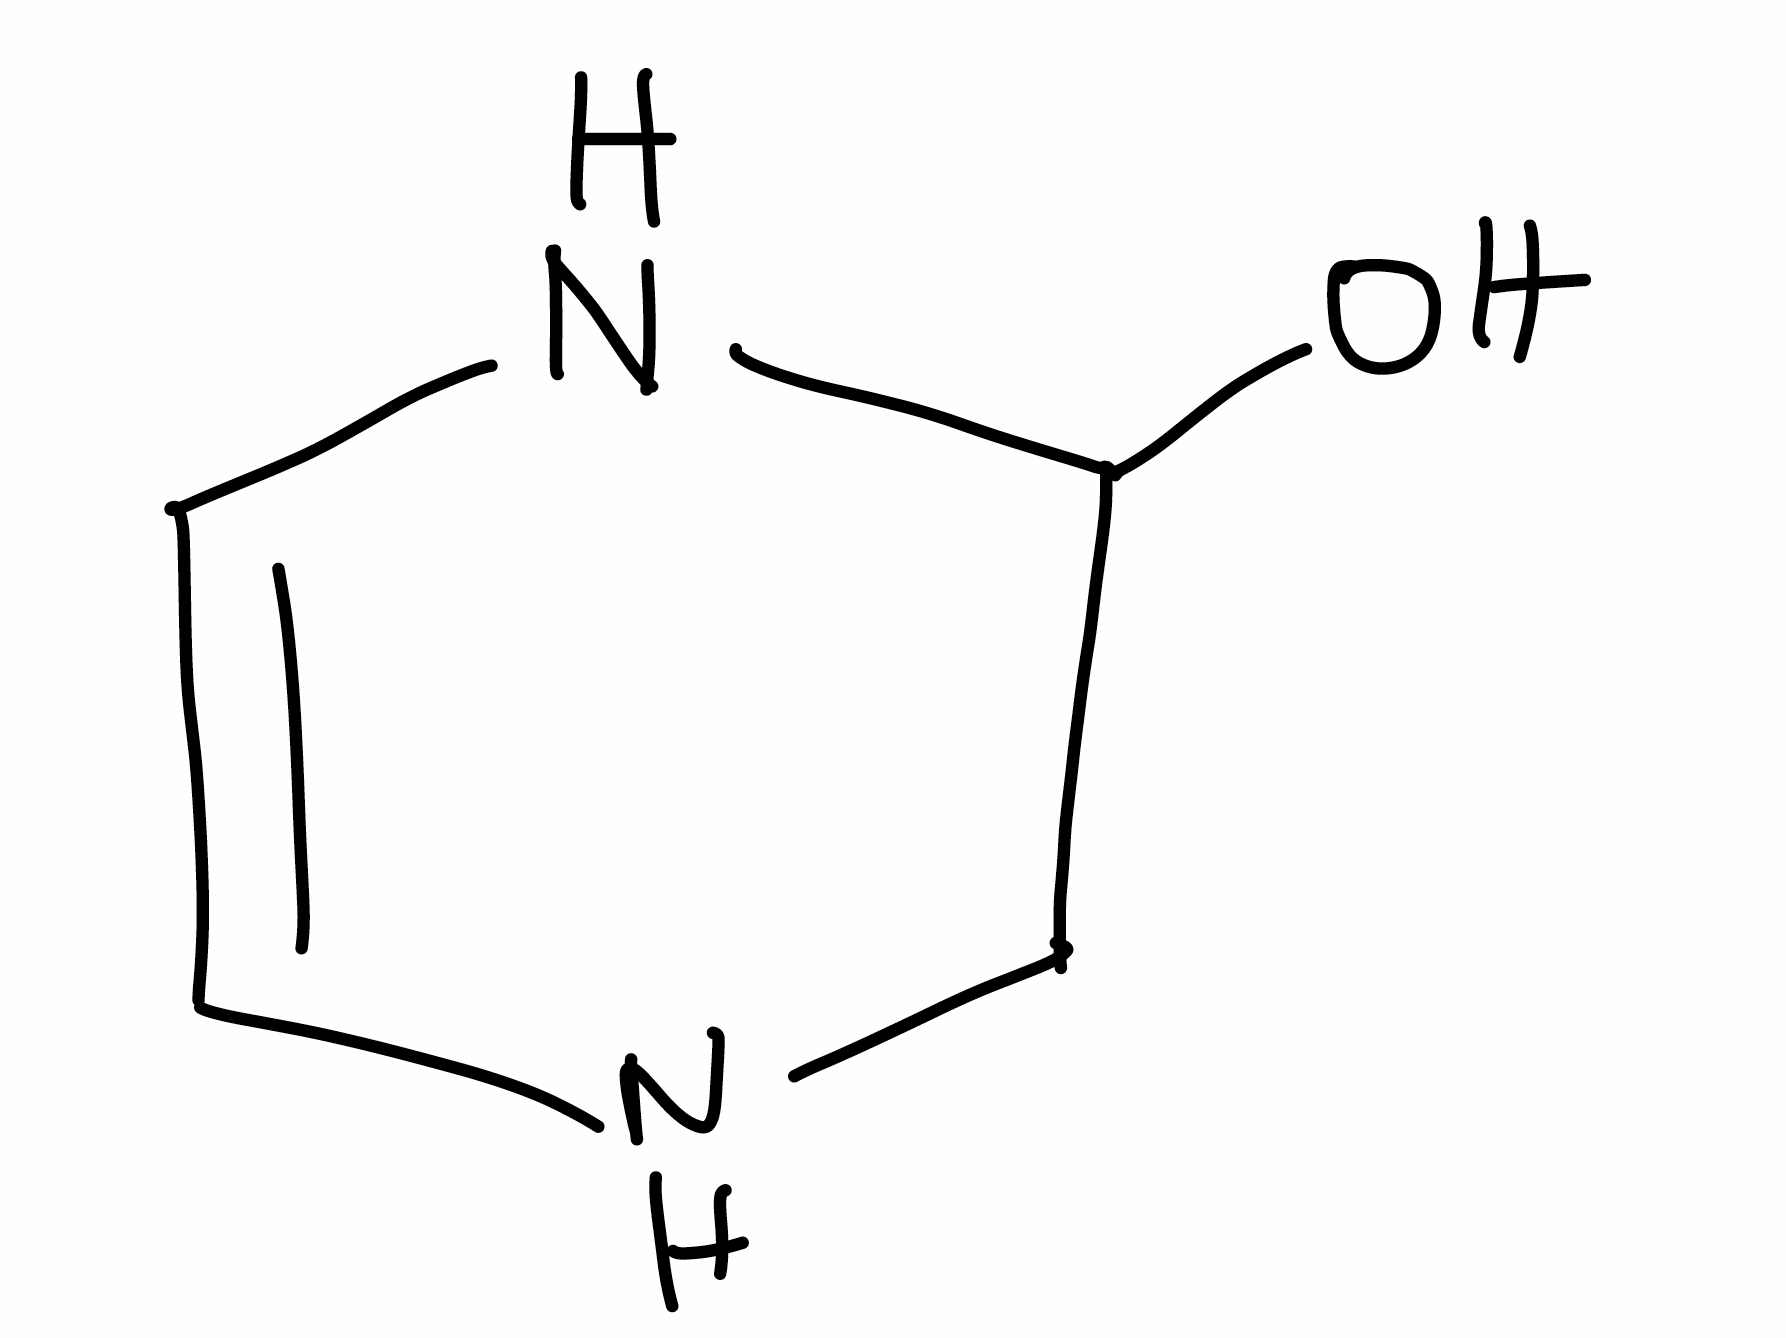
Simplified molecular-input line-entry system (SMILES) notation of the given molecule:
C1C(NC=CN1)O